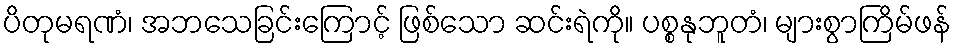
ပိတုမရဏံ၊ အဘသေခြင်းကြောင့် ဖြစ်သော ဆင်းရဲကို။ ပစ္စနုဘူတံ၊ များစွာကြိမ်ဖန်